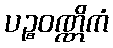
ပဉ္စဝဏ္ဏိကံ